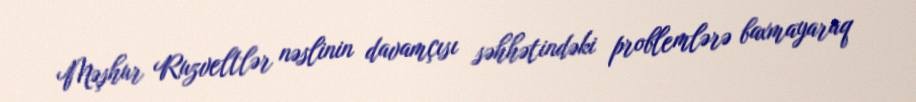
Məşhur Ruzveltlər nəslinin davamçısı səhhətindəki problemlərə baxmayaraq